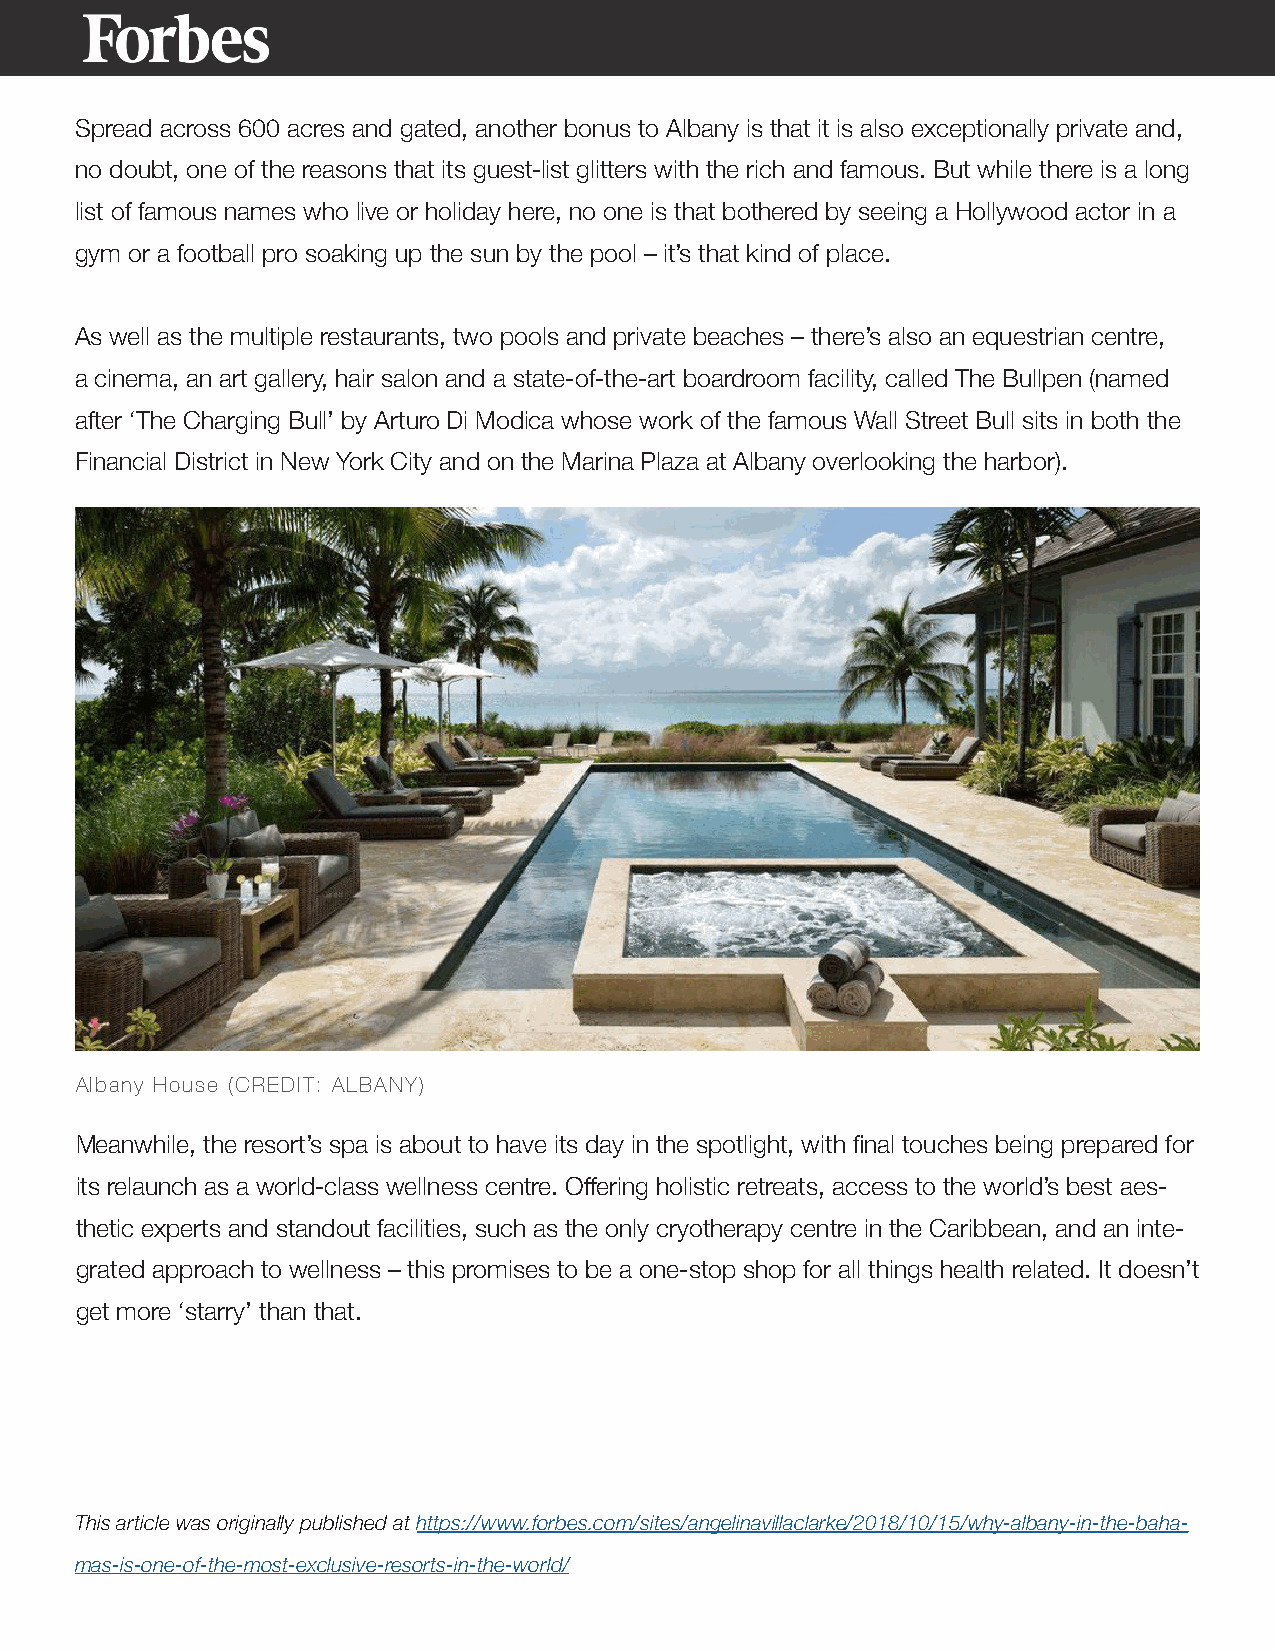
Spread across 600 acres and gated, another bonus to Albany is that it is also exceptionally private and,
 no doubt, one of the reasons that its guest-list glitters with the rich and famous. But while there is a long
 list of famous names who live or holiday here, no one is that bothered by seeing a Hollywood actor in a
 gym or a football pro soaking up the sun by the pool – it’s that kind of place.
 As well as the multiple restaurants, two pools and private beaches – there’s also an equestrian centre,
 a cinema, an art gallery, hair salon and a state-of-the-art boardroom facility, called The Bullpen (named
 after ‘The Charging Bull’ by Arturo Di Modica whose work of the famous Wall Street Bull sits in both the
 Financial District in New York City and on the Marina Plaza at Albany overlooking the harbor).
 Albany House (CREDIT: ALBANY)
 Meanwhile, the resort’s spa is about to have its day in the spotlight, with final touches being prepared for
 its relaunch as a world-class wellness centre. Offering holistic retreats, access to the world’s best aes-
 thetic experts and standout facilities, such as the only cryotherapy centre in the Caribbean, and an inte-
 grated approach to wellness – this promises to be a one-stop shop for all things health related. It doesn’t
 get more ‘starry’ than that.
 This article was originally published at https://www.forbes.com/sites/angelinavillaclarke/2018/10/15/why-albany-in-the-baha-
 mas-is-one-of-the-most-exclusive-resorts-in-the-world/